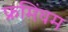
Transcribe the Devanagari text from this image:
फ्रमिंघम